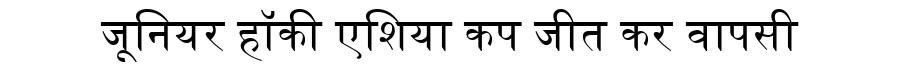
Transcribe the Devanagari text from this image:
जूनियर हॉकी एशिया कप जीत कर वापसी